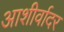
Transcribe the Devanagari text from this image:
आशीर्वादर